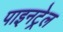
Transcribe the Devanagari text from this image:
पाइनट्रेल